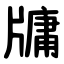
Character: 牗